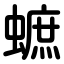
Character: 蟅